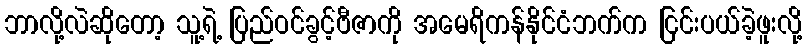
ဘာလို့လဲဆိုတော့ သူ့ရဲ့ ပြည်ဝင်ခွင့်ဗီဇာကို အမေရိကန်နိုင်ငံဘက်က ငြင်းပယ်ခဲ့ဖူးလို့